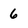
Character: 6